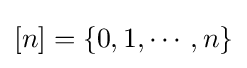
[n]=\{0,1,\cdots ,n\}